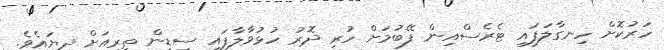
ހަރުކޮށް ހިނގާލަފައި ޓެރެސްއިން ފޭބުމަށް ހުރި ދޮރު ހުޅުވާލާފައި ސިޑިން ތިރިއަށް ދިޔައެވެ.